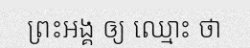
ព្រះអង្គ ឲ្យ ឈ្មោះ ថា